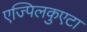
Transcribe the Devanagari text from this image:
एज्पिलकुएटा